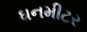
ઘનમીટર